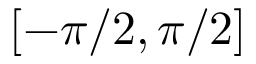
[ - \pi / 2 , \pi / 2 ]